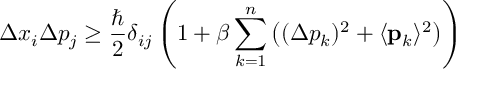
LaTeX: \Delta x _ { i } \Delta p _ { j } \ge \frac { \hbar } { 2 } \delta _ { i j } \left( 1 + \beta \sum _ { k = 1 } ^ { n } \left( ( \Delta p _ { k } ) ^ { 2 } + \langle { \bf { p } } _ { k } \rangle ^ { 2 } \right) \right)